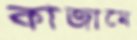
কাজামে